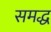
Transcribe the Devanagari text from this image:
समद्ध